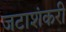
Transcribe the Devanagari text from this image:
जटाशंकरी